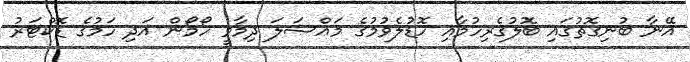
އޭނާ ބުނިގޮތުގައި ބޮލުގެރިހުމާއި ހޮޑުލެވުމުގެ މައްސަލަ ދިމާވީ ހޯމޯން އަދި ހަމުގެ ޑޮކްޓަރު